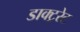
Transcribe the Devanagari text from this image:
डाक्ट्ररेट